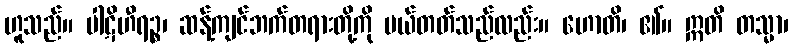
ဟူသည်။ ပါဋိဟီရဉ္စ၊ ဆန့်ကျင်ဘက်တရားတို့ကို ပယ်တတ်သည်လည်း။ ဟောတိ၊ ၏။ ဣတိ တသ္မာ၊